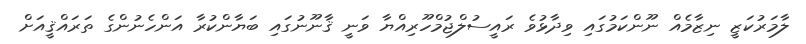
ލާމަރުކަޒީ ނިޒާމެއް ނޫންކަމުގައި ވިދާޅުވެ ރައީސުލްޖުމްހޫރިއްޔާ ވަނީ ޤާނޫނުގައި ބަޔާންކުރާ އަންހެނުންގެ ތަރައްޤީއަށް